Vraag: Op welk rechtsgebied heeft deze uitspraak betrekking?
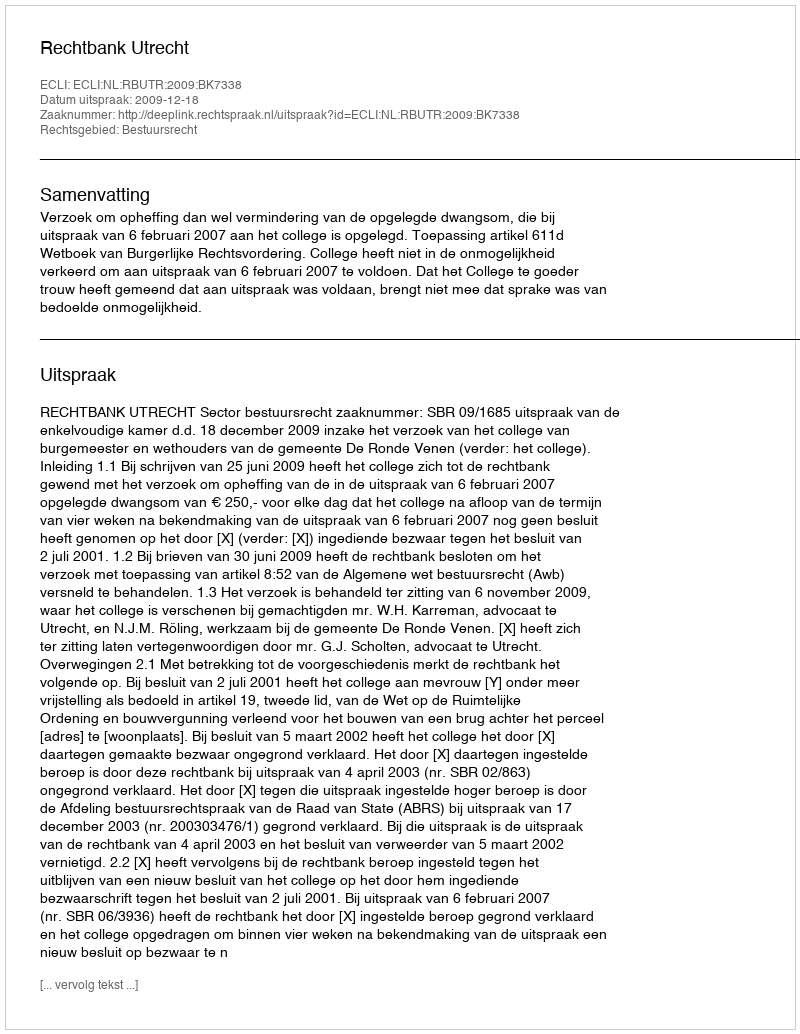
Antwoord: Bestuursrecht